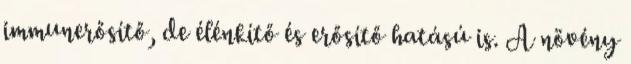
immunerősítő, de élénkítő és erősítő hatású is. A növény